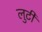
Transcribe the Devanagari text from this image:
लुटी